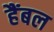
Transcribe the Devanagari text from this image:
हैंबल